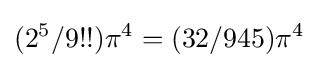
(2^{5}/9!!)\pi ^{4}=(32/945)\pi ^{4}